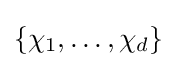
\{\chi _{1},\ldots ,\chi _{d}\}